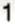
1